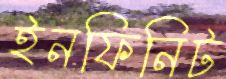
ইনফিনিট